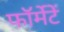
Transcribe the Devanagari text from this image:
फॉर्मेटें